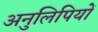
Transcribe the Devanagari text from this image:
अनुलिपियों